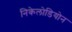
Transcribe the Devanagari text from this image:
निकेलोडियोन